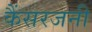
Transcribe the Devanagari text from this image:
कैंसरजनी